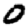
Digit: 0